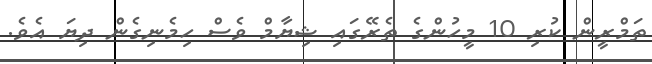
ތަމްރީން ކުރި 10 މީހުންގެ ތެރޭގައި ޝިޔާމް ވެސް ހިމެނިގެން ދިޔަ އެވެ.